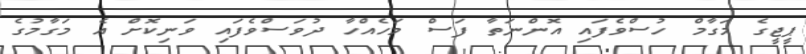
ޕީޖީގެ މަގާމް ހުސްވެފައި އޮންނަތާ ފަސް މަހެއްހާ ދުވަސްވެފައި ވަނިކޮށް އެ މަގާމުގެ